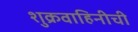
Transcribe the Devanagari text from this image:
शुक्रवाहिनीची